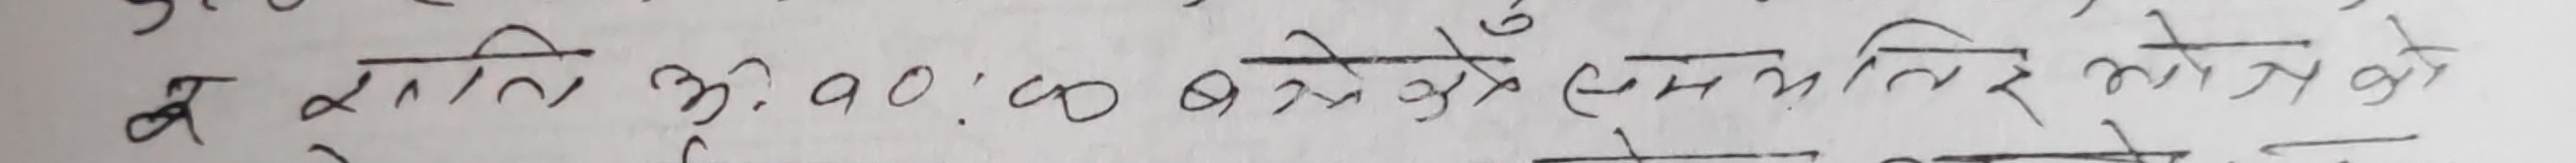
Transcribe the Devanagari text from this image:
ब समिति ३०.०० बजेदेखि ए.म. समितिको